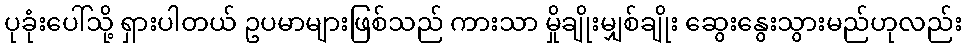
ပုခုံးပေါ်သို့ ရှားပါတယ် ဥပမာများဖြစ်သည် ကားသာ မှိုချိုးမျှစ်ချိုး ဆွေးနွေးသွားမည်ဟုလည်း